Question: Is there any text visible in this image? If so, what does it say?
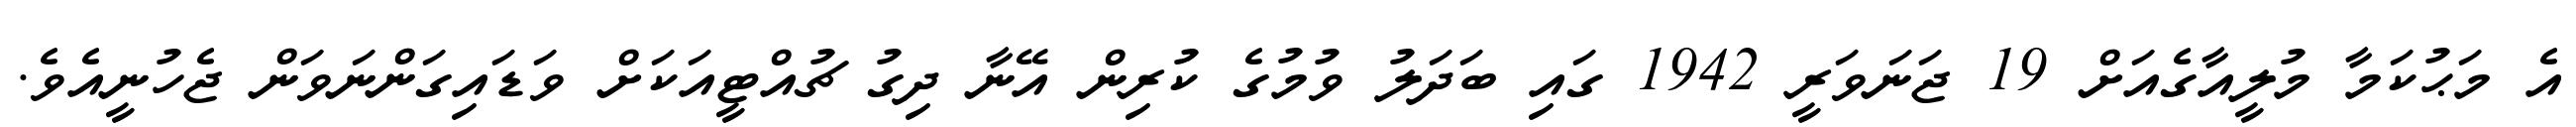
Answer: އެ މަޙުކަމާ މުލީއާގެއަށް 19 ޖަނަވަރީ 1942 ގައި ބަދަލު ވުމުގެ ކުރިން އޭނާ ދިގު ޗުއްޓީއަކަށް ވަޑައިގަންނަވަން ޖެހުނީއެވެ.